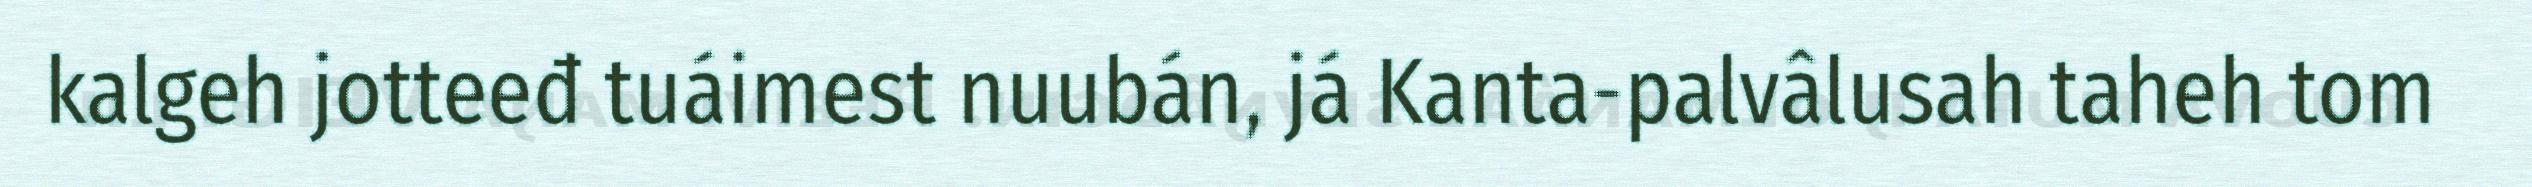
kalgeh jotteeđ tuáimest nuubán, já Kanta-palvâlusah taheh tom